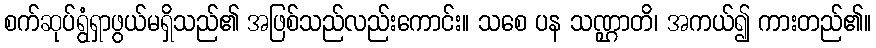
စက်ဆုပ်ရွံရှာဖွယ်မရှိသည်၏ အဖြစ်သည်လည်းကောင်း။ သစေ ပန သဏ္ဌာတိ၊ အကယ်၍ ကားတည်၏။